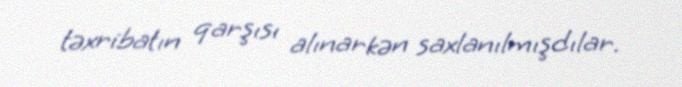
təxribatın qarşısı alınarkən saxlanılmışdılar.